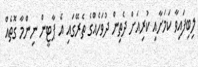
ލިބިފައިވާ ކަމަށާއި ކުރިއަށް ދެތިން ދުވަހެއްގެ ތެރޭގައި އެ ޕާޓީން ނިންމާ ގޮތެއް